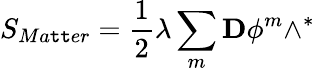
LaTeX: S_{Ma\mathtt{t}\mathtt{t}er}=\frac{{1}}{{2}}\lambda\sum_{m}\mathbf{{D}}\phi^{m}\wedge^{\ast}